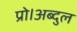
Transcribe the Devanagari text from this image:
प्रो।अब्दुल